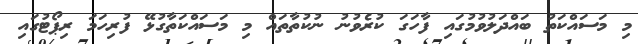
މި މަސައްކަތު ބައްދަލުވުމުގައި ފާހަގަ ކުރެވުނު ނުކުތާތައް މި މަސައްކަތާގުޅޭ ފުރިހަމަ ރިޕޯޓުގައި